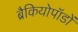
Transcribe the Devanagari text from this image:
ब्रैकियोपॉडों